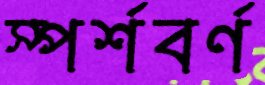
স্পর্শবর্ণ